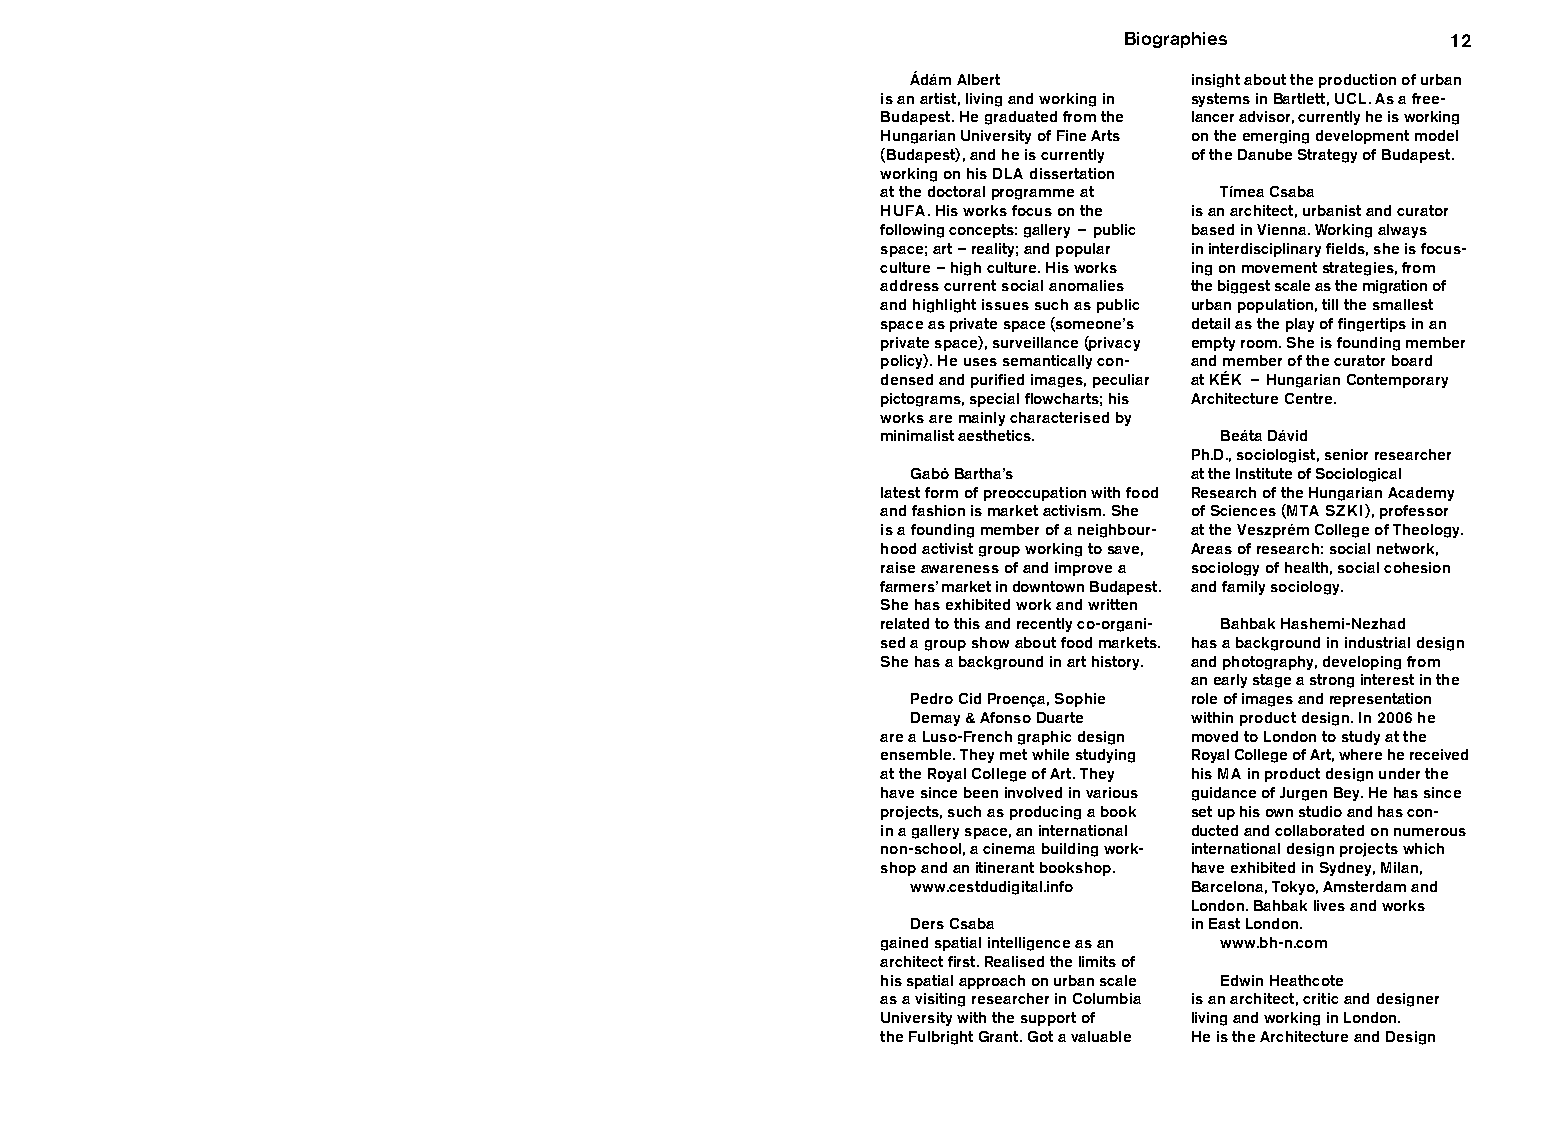
Biographies           12
 Ádám Albert        insight about the production of urban
 is an artist, living and working in systems in Bartlett, UCL. As a free-
 Budapest. He graduated from the lancer advisor, currently he is working
 Hungarian University of Fine Arts on the emerging development model
 (Budapest), and he is currently of the Danube Strategy of Budapest.
 working on his DLA dissertation
 at the doctoral programme at Tímea Csaba
 HUFA. His works focus on the is an architect, urbanist and curator
 following concepts: gallery – public based in Vienna. Working always
 space; art – reality; and popular in interdisciplinary fields, she is focus-
 culture – high culture. His works ing on movement strategies, from
 address current social anomalies the biggest scale as the migration of
 and highlight issues such as public urban population, till the smallest
 space as private space (someone’s detail as the play of fingertips in an
 private space), surveil lance (privacy empty room. She is founding member
 policy). He uses semantically con- and member of the curator board
 den sed and purified images, peculiar at KÉK – Hungarian Contemporary
 pictograms, special flowcharts; his Architecture Centre.
 works are mainly characterised by
 minimalist aesthetics. Beáta Dávid
 Ph.D., sociologist, senior researcher
 Gabó Bartha’s      at the Institute of Sociological
 latest form of preoccupation with food Research of the Hungarian Academy
 and fashion is market activism. She of Sciences (MTA SZKI), professor
 is a founding member of a neighbour- at the Veszprém College of Theology.
 hood activist group working to save, Areas of research: social network,
 raise awareness of and improve a sociology of health, social cohesion
 farmers’ market in downtown Budapest. and family sociology.
 She has exhibited work and written
 related to this and recently co- organi- Bahbak Hashemi-Nezhad
 sed a group show about food markets. has a background in industrial design
 She has a background in art history. and photography, developing from
 an early stage a strong interest in the
 Pedro Cid Proença, Sophie role of images and representation
 Demay & Afonso Duarte within product design. In 2006 he
 are a Luso-French graphic design moved to London to study at the
 ensemble. They met while studying Royal College of Art, where he received
 at the Royal College of Art. They his MA in product design under the
 have since been involved in various guidance of Jurgen Bey. He has since
 projects, such as producing a book set up his own studio and has con-
 in a gallery space, an international ducted and collaborated on numerous
 non-school, a cinema building work- international design projects which
 shop and an itinerant bookshop. have exhibited in Sydney, Milan,
 www.cestdudigital.info Barcelona, Tokyo, Amsterdam and
 London. Bahbak lives and works
 Ders Csaba         in East London.
 gained spatial intelligence as an www.bh-n.com
 archi tect first. Realised the limits of
 his spatial approach on urban scale Edwin Heathcote
 as a visiting researcher in Columbia is an architect, critic and designer
 University with the support of living and working in London.
 the Fulbright Grant. Got a valuable He is the Architecture and Design